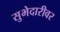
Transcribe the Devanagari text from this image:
सुभेदारीवर